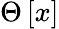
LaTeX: \Theta\left[x\right]